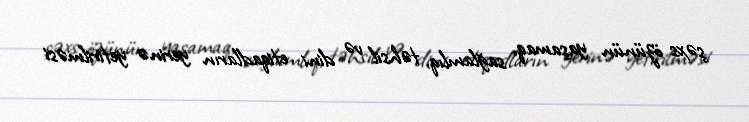
şəxs özünün yaşamaq, sağlamlıq, təhsil və dini etiqadların yerinə yetirilməsi